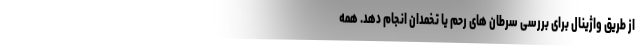
از طریق واژینال برای بررسی سرطان های رحم یا تخمدان انجام دهد. همه